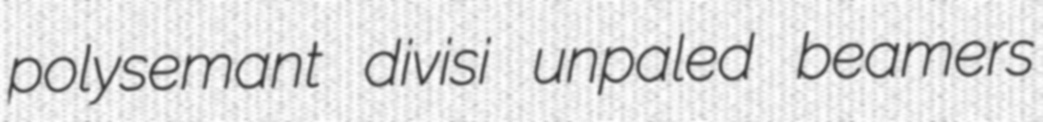
polysemant divisi unpaled beamers